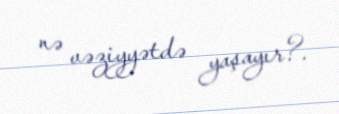
nə vəziyyətdə yaşayır?.